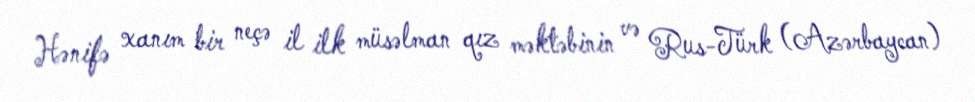
Hənifə xanım bir neçə il ilk müsəlman qız məktəbinin və Rus-Türk (Azərbaycan)